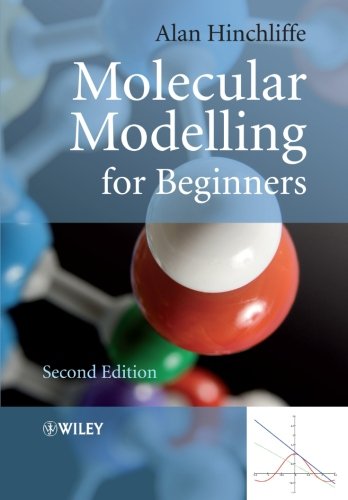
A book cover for Molecular Modelling for Beginners; Alan Hinchliffe; Science & Math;